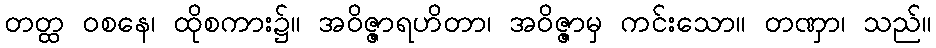
တတ္ထ ဝစနေ၊ ထိုစကား၌။ အဝိဇ္ဇာရဟိတာ၊ အဝိဇ္ဇာမှ ကင်းသော။ တဏှာ၊ သည်။